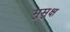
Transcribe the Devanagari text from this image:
मुुमुक्ष